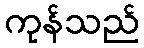
ကုန်သည်